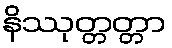
နိဿုတ္တတ္တာ